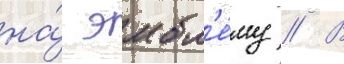
на́ эмбл'е́му // В